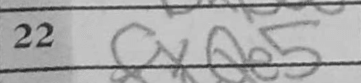
Transcription: cxQe5